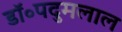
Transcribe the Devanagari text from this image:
डॉ॰पदुमलाल